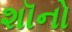
શૉનો